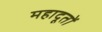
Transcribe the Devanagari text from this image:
महादूतों